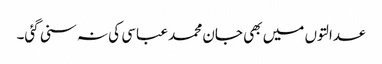
عدالتوں میں بھی جان محمد عباسی کی نہ سنی گئی۔